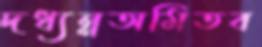
দধ্যন্নঅমিতব